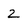
Character: 2